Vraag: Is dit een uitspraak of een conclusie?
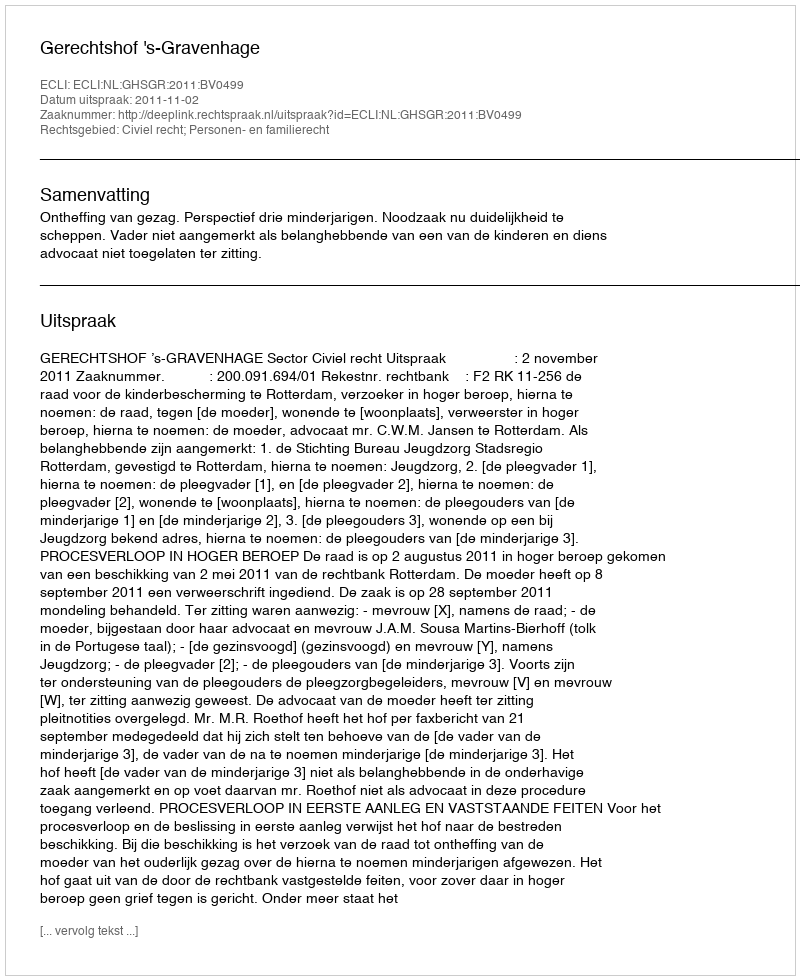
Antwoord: Uitspraak